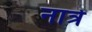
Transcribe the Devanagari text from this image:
नात्रे